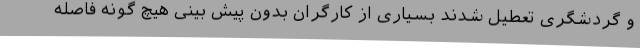
و گردشگری تعطیل شدند بسیاری از کارگران بدون پیش بینی هیچ گونه فاصله